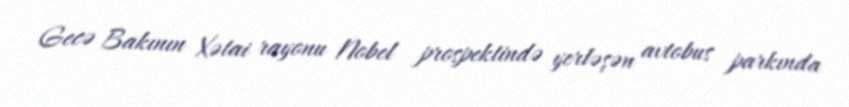
Gecə Bakının Xətai rayonu Nobel prospektində yerləşən avtobus parkında